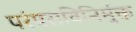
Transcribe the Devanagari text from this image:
परंपराविनिर्मुक्त